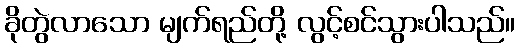
ခိုတွဲလာသော မျက်ရည်တို့ လွင့်စင်သွားပါသည်။